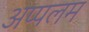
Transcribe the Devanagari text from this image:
अप्पलम